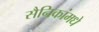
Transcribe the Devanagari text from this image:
सैनिकांमधे